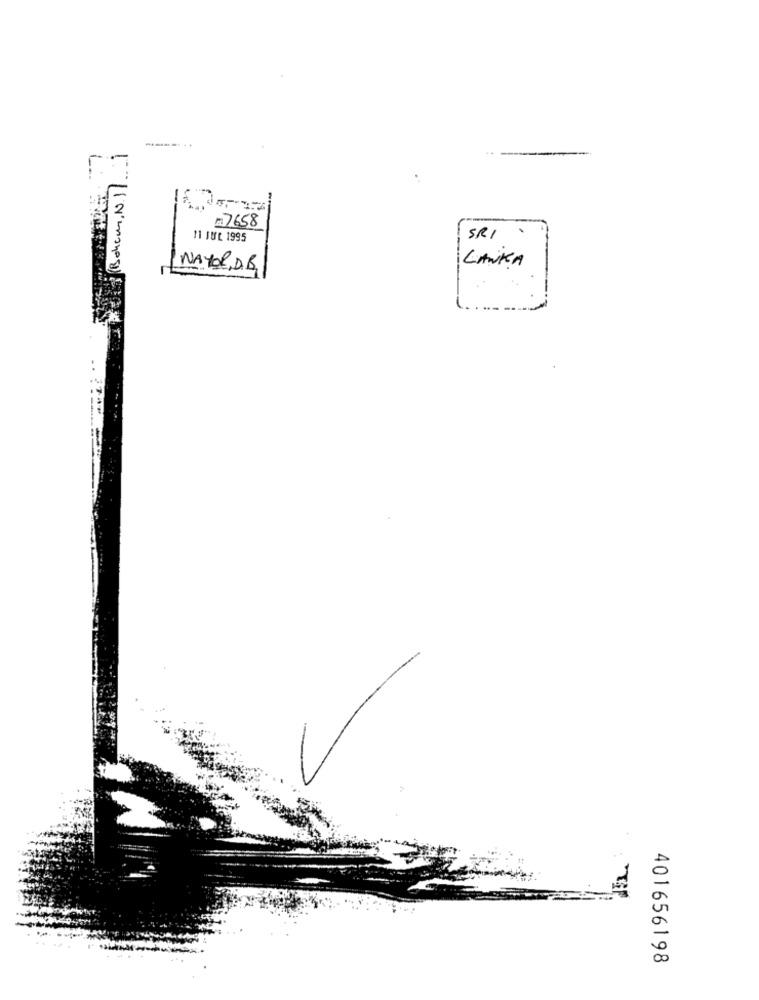
13 (Bohem, N. 11 ... )
-
2
7658
11 JUL 1995
SRI
LANKA
NAYOR,D.B.
..
401656198